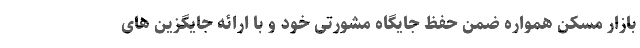
بازار مسکن همواره ضمن حفظ جایگاه مشورتی خود و با ارائه جایگزین های